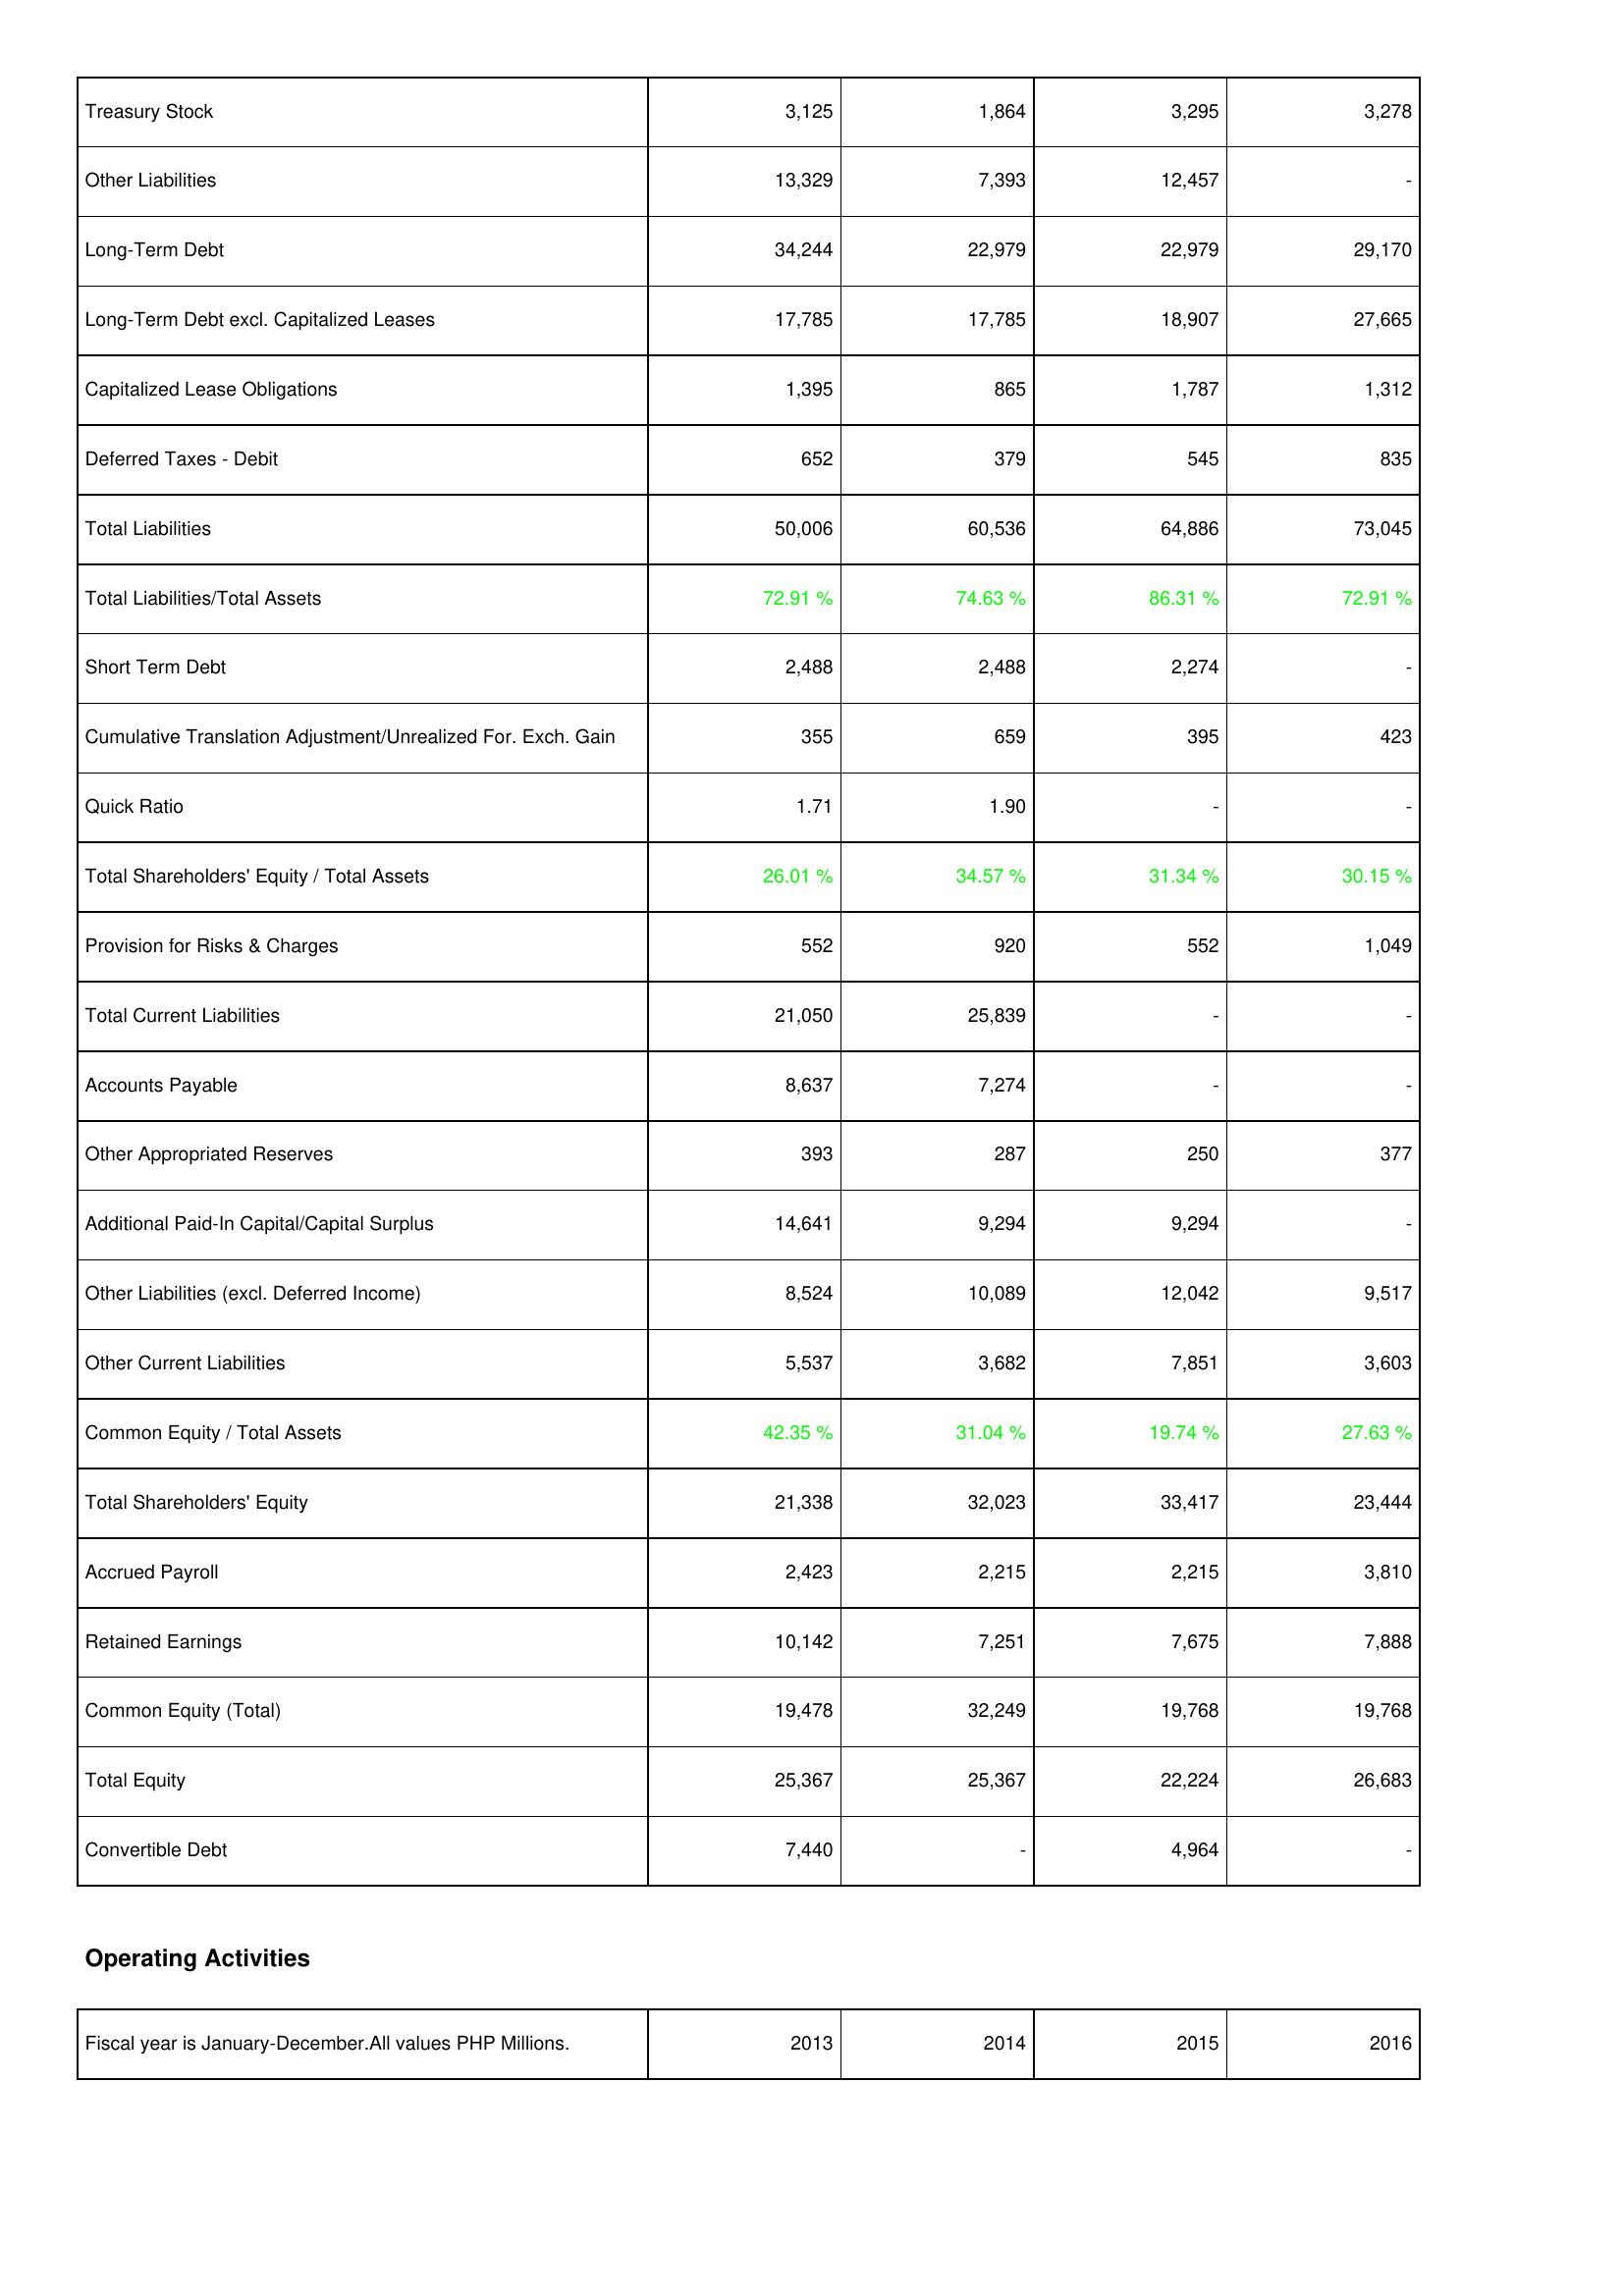
2013: Liabilities & Shareholders' Equity: Treasury Stock: 3,125
Other Liabilities: 13,329
Long-Term Debt: 34,244
Long-Term Debt excl. Capitalized Leases: 17,785
Capitalized Lease Obligations: 1,395
Deferred Taxes - Debit: 652
Total Liabilities: 50,006
Total Liabilities/Total Assets: 72.91 %
Short Term Debt: 2,488
Cumulative Translation Adjustment/Unrealized For. Exch. Gain: 355
Quick Ratio: 1.71
Total Shareholders' Equity / Total Assets: 26.01 %
Provision for Risks & Charges: 552
Total Current Liabilities: 21,050
Accounts Payable: 8,637
Other Appropriated Reserves: 393
Additional Paid-In Capital/Capital Surplus: 14,641
Other Liabilities (excl. Deferred Income): 8,524
Other Current Liabilities: 5,537
Common Equity / Total Assets: 42.35 %
Total Shareholders' Equity: 21,338
Accrued Payroll: 2,423
Retained Earnings: 10,142
Common Equity (Total): 19,478
Total Equity: 25,367
Convertible Debt: 7,440
2014: Liabilities & Shareholders' Equity: Treasury Stock: 1,864
Other Liabilities: 7,393
Long-Term Debt: 22,979
Long-Term Debt excl. Capitalized Leases: 17,785
Capitalized Lease Obligations: 865
Deferred Taxes - Debit: 379
Total Liabilities: 60,536
Total Liabilities/Total Assets: 74.63 %
Short Term Debt: 2,488
Cumulative Translation Adjustment/Unrealized For. Exch. Gain: 659
Quick Ratio: 1.90
Total Shareholders' Equity / Total Assets: 34.57 %
Provision for Risks & Charges: 920
Total Current Liabilities: 25,839
Accounts Payable: 7,274
Other Appropriated Reserves: 287
Additional Paid-In Capital/Capital Surplus: 9,294
Other Liabilities (excl. Deferred Income): 10,089
Other Current Liabilities: 3,682
Common Equity / Total Assets: 31.04 %
Total Shareholders' Equity: 32,023
Accrued Payroll: 2,215
Retained Earnings: 7,251
Common Equity (Total): 32,249
Total Equity: 25,367
Convertible Debt: -
2015: Liabilities & Shareholders' Equity: Treasury Stock: 3,295
Other Liabilities: 12,457
Long-Term Debt: 22,979
Long-Term Debt excl. Capitalized Leases: 18,907
Capitalized Lease Obligations: 1,787
Deferred Taxes - Debit: 545
Total Liabilities: 64,886
Total Liabilities/Total Assets: 86.31 %
Short Term Debt: 2,274
Cumulative Translation Adjustment/Unrealized For. Exch. Gain: 395
Quick Ratio: -
Total Shareholders' Equity / Total Assets: 31.34 %
Provision for Risks & Charges: 552
Total Current Liabilities: -
Accounts Payable: -
Other Appropriated Reserves: 250
Additional Paid-In Capital/Capital Surplus: 9,294
Other Liabilities (excl. Deferred Income): 12,042
Other Current Liabilities: 7,851
Common Equity / Total Assets: 19.74 %
Total Shareholders' Equity: 33,417
Accrued Payroll: 2,215
Retained Earnings: 7,675
Common Equity (Total): 19,768
Total Equity: 22,224
Convertible Debt: 4,964
2016: Liabilities & Shareholders' Equity: Treasury Stock: 3,278
Other Liabilities: -
Long-Term Debt: 29,170
Long-Term Debt excl. Capitalized Leases: 27,665
Capitalized Lease Obligations: 1,312
Deferred Taxes - Debit: 835
Total Liabilities: 73,045
Total Liabilities/Total Assets: 72.91 %
Short Term Debt: -
Cumulative Translation Adjustment/Unrealized For. Exch. Gain: 423
Quick Ratio: -
Total Shareholders' Equity / Total Assets: 30.15 %
Provision for Risks & Charges: 1,049
Total Current Liabilities: -
Accounts Payable: -
Other Appropriated Reserves: 377
Additional Paid-In Capital/Capital Surplus: -
Other Liabilities (excl. Deferred Income): 9,517
Other Current Liabilities: 3,603
Common Equity / Total Assets: 27.63 %
Total Shareholders' Equity: 23,444
Accrued Payroll: 3,810
Retained Earnings: 7,888
Common Equity (Total): 19,768
Total Equity: 26,683
Convertible Debt: -